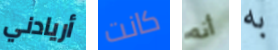
أريادني كانت أنه به